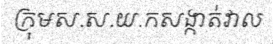
ក្រុមស.ស.យ.កសង្កាត់វាល